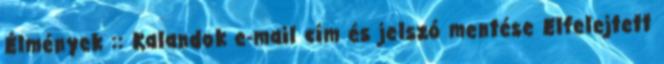
Élmények :: Kalandok e-mail cím és jelszó mentése Elfelejtett